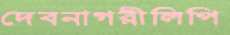
দেবনাগরীলিপি